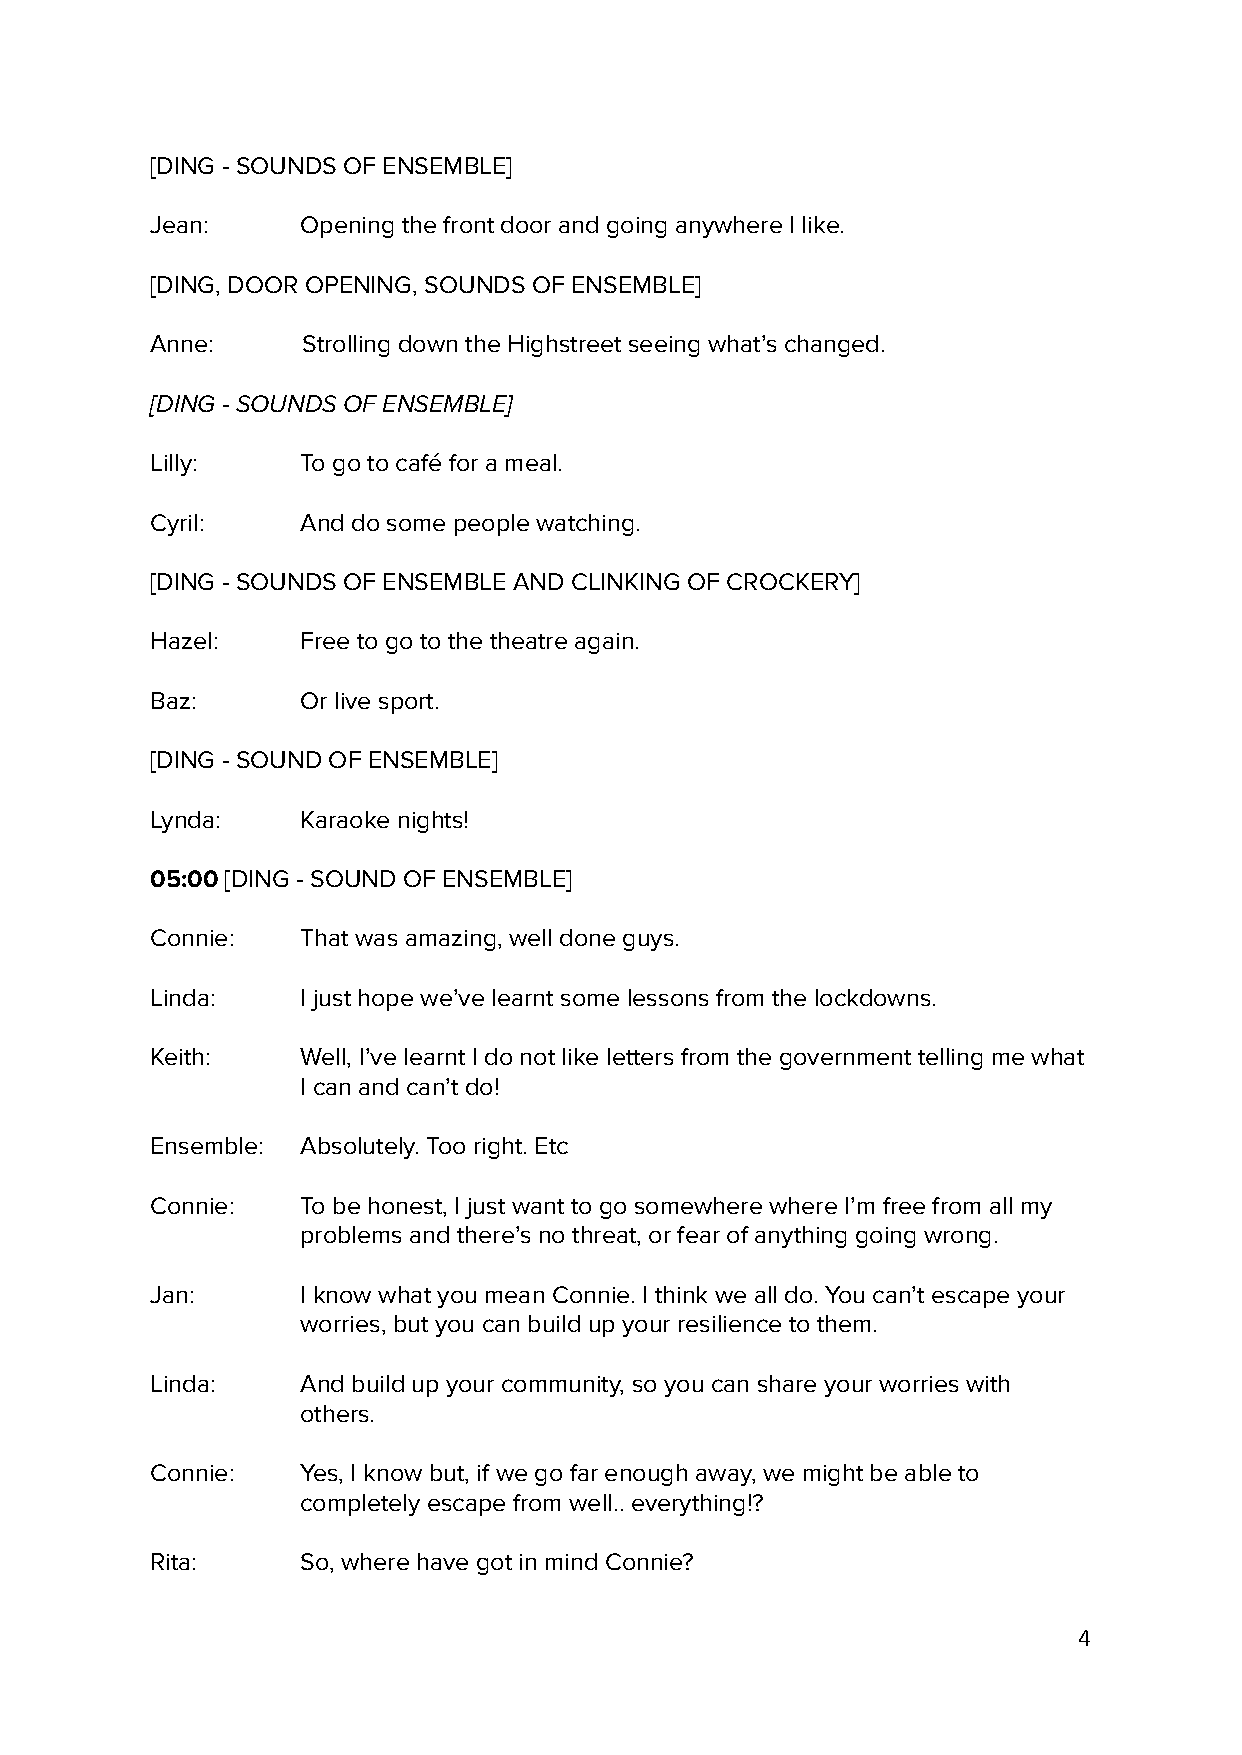
[DING - SOUNDS OF ENSEMBLE]
 Jean:     Opening the front door and going anywhere I like.
 [DING, DOOR OPENING, SOUNDS OF ENSEMBLE]
 Anne:     Strolling down the Highstreet seeing what’s changed.
 [DING - SOUNDS OF ENSEMBLE]
 Lilly:    To go to café for a meal.
 Cyril:    And do some people watching.
 [DING - SOUNDS OF ENSEMBLE AND CLINKING OF CROCKERY]
 Hazel:    Free to go to the theatre again.
 Baz:      Or live sport.
 [DING - SOUND OF ENSEMBLE]
 Lynda:    Karaoke nights!
 05:00 [DING - SOUND OF ENSEMBLE]
 Connie:   That was amazing, well done guys.
 Linda:    I just hope we’ve learnt some lessons from the lockdowns.
 Keith:    Well, I’ve learnt I do not like letters from the government telling me what
 I can and can’t do!
 Ensemble: Absolutely. Too right. Etc
 Connie:   To be honest, I just want to go somewhere where I’m free from all my
 problems and there’s no threat, or fear of anything going wrong.
 Jan:      I know what you mean Connie. I think we all do. You can’t escape your
 worries, but you can build up your resilience to them.
 Linda:    And build up your community, so you can share your worries with
 others.
 Connie:   Yes, I know but, if we go far enough away, we might be able to
 completely escape from well.. everything!?
 Rita:     So, where have got in mind Connie?
 4